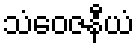
သံဝေဇနီယံ